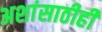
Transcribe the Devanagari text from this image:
अशांसाठीही